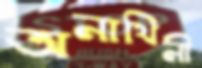
অনাথিনী